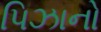
પિઝાનો